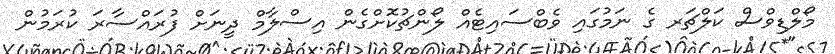
މޯލްޑިވްސް ކަލްޗަރ ގެ ނަމުގައި ވެބްސައިޓެއް ލޯންޗުކޮށްގެން އިސްލާމް ދީނަށް ފުރައްސާރަ ކުރަމުން